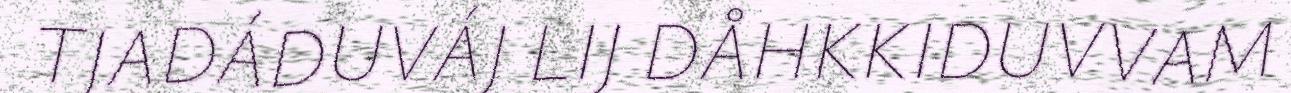
TJADÁDUVÁJ LIJ DÅHKKIDUVVAM